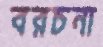
বরচনা